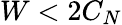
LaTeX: W<2C_{N}